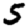
Digit: 5